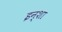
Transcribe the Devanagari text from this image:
इन्शा